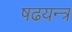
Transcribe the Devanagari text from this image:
षढयन्त्र